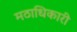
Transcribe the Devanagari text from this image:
मठाधिकारी